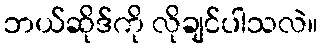
ဘယ်ဆိုဒ်ကို လိုချင်ပါသလဲ။